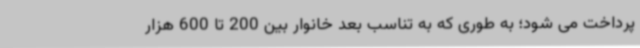
پرداخت می شود؛ به طوری که به تناسب بعد خانوار بین 200 تا 600 هزار